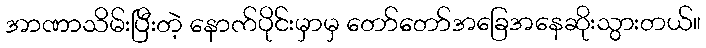
အာဏာသိမ်းပြီးတဲ့ နောက်ပိုင်းမှာမှ တော်တော်အခြေအနေဆိုးသွားတယ်။